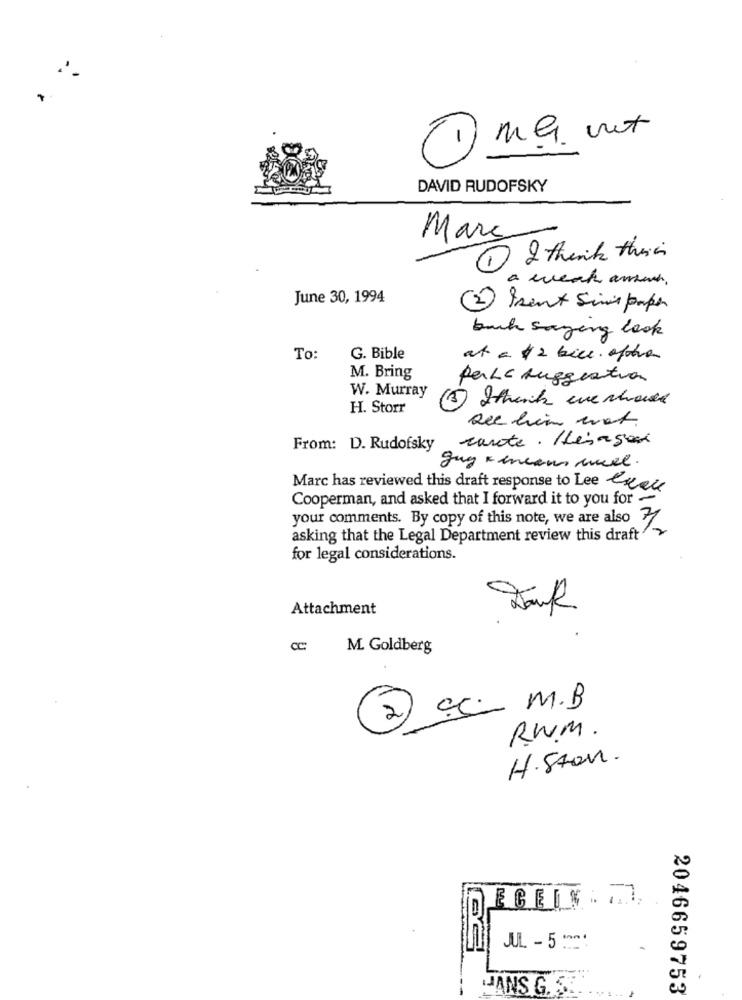
m.G. not
1
DAVID RUDOFSKY
-
Marc
1 I think their
a weak anos.
June 30, 1994
Isent Sims paper
buck saying look
To:
G. Bible
at a $ 2 bice. ofotra
M. Bring
perLa suggestion
W. Murray
H. Storr
see him mat.
cante . Hlésagen
From: D. Rudofsky
guy + means auel.
Marc has reviewed this draft response to Lee exec
Cooperman, and asked that I forward it to you for -
your comments. By copy of this note, we are also 1
asking that the Legal Department review this draft"
for legal considerations.
Attachment
CC
M. Goldberg
cc_ M.B
2)
RUM.
H.Stan.
JUL - 500
JANS G. S ...
2046659753